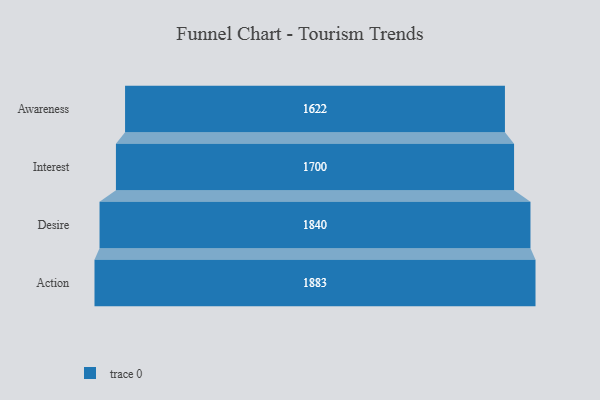
{"axis": {"x": "Stage", "y": "Value"}, "legend": [""], "data": [{"x": "Awareness", "y": 1622.0, "type": ""}, {"x": "Interest", "y": 1700.0, "type": ""}, {"x": "Desire", "y": 1840.0, "type": ""}, {"x": "Action", "y": 1883.0, "type": ""}]}